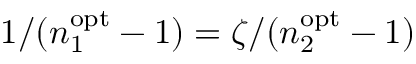
1 / ( n _ { 1 } ^ { \mathrm { o p t } } - 1 ) = \zeta / ( n _ { 2 } ^ { \mathrm { o p t } } - 1 )